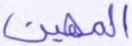
المهين